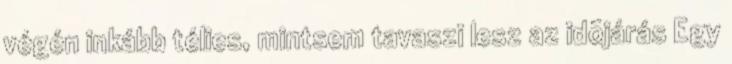
végén inkább télies, mintsem tavaszi lesz az idõjárás Egy